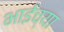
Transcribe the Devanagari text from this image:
भाईच्या